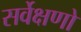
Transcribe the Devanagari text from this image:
सर्वेक्षणो